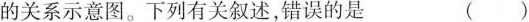
的关系示意图。下列有关叙述，错误的是 ()